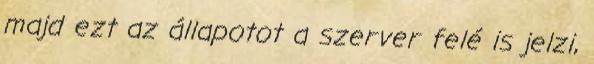
majd ezt az állapotot a szerver felé is jelzi,